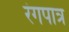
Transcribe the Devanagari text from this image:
रंगपात्र